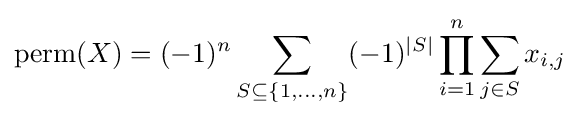
\operatorname {perm} (X)=(-1)^{n}\sum _{S\subseteq \{1,\ldots ,n\}}(-1)^{|S|}\prod _{i=1}^{n}\sum _{j\in S}x_{i,j}